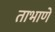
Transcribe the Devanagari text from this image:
ताभाणे